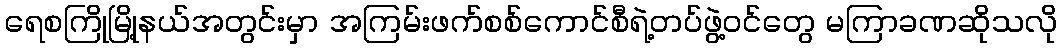
ရေစကြိုမြို့နယ်အတွင်းမှာ အကြမ်းဖက်စစ်ကောင်စီရဲ့တပ်ဖွဲ့ဝင်တွေ မကြာခဏဆိုသလို